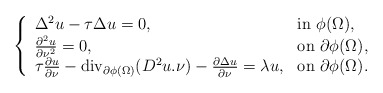
\begin{align*}\left\{\begin{array}{ll}\Delta^2u-\tau\Delta u=0, & {\rm in\ } \phi(\Omega),\\\frac{\partial^2u}{\partial\nu^2}=0, & {\rm on\ }\partial\phi(\Omega),\\\tau\frac{\partial u}{\partial\nu}-\mathrm{div}_{\partial\phi(\Omega)}(D^2u.\nu)-\frac{\partial\Delta u}{\partial\nu}=\lambda u,&{\rm on\ }\partial\phi(\Omega).\end{array}\right.\end{align*}